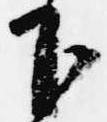
下